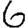
Digit: 6